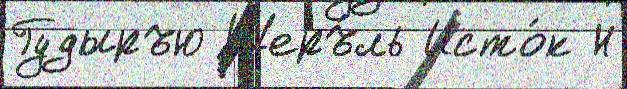
Гудыръю Шеръ́ль Исто́к Н